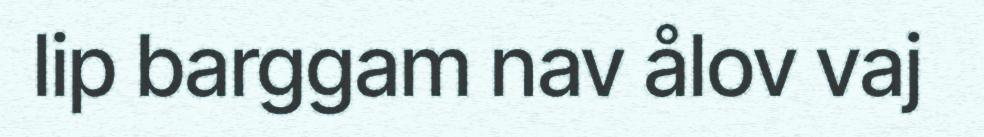
lip barggam nav ålov vaj